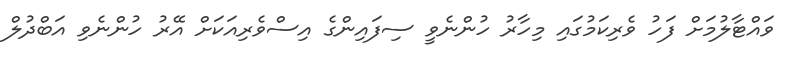
ވައްޓާލުމަށް ފަހު ވެރިކަމުގައި މިހާރު ހުންނެވީ ސިފައިންގެ އިސްވެރިއަކަށް އޭރު ހުންނެވި އަބްދުލް